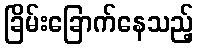
ခြိမ်းခြောက်နေသည့်